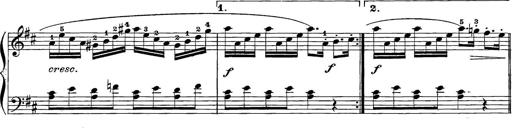
Title: 12 Sonatine per Pianoforte
Composer: Friedrich Kuhlau